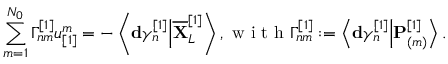
\sum _ { m = 1 } ^ { N _ { 0 } } \Gamma _ { n m } ^ { [ 1 ] } u _ { [ 1 ] } ^ { m } = - \left\langle \mathbf { d } \gamma _ { n } ^ { [ 1 ] } \Big \vert \overline { { \mathbf { X } } } _ { L } ^ { [ 1 ] } \right\rangle , \mathrm { ~ w ~ i ~ t ~ h ~ } \Gamma _ { n m } ^ { [ 1 ] } : = \left\langle \mathbf { d } \gamma _ { n } ^ { [ 1 ] } \Big \vert \mathbf { P } _ { ( m ) } ^ { [ 1 ] } \right\rangle .